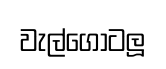
වැල්ගෝටලූ